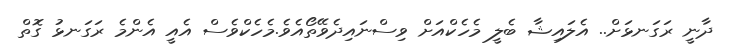
ދާނީ ރަގަނޅަށް.. އެލައިޝާ ބެލީ މެހެކްއަށް ވިސްނައިދެވޭތޯއެވެ.މެހެކްވެސް އެއީ އެންމެ ރަގަނޅު ގޮތް